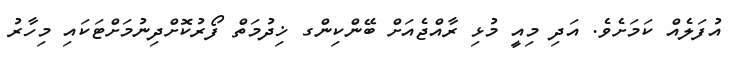
އުފަލެއް ކަމަށެވެ. އަދި މިއީ މުޅި ރާއްޖެއަށް ބޭންކިންގ ޚިދުމަތް ފޯރުކޮށްދިނުމަށްޓަކައި މިހާރު